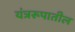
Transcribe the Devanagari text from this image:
यंत्ररूपातील